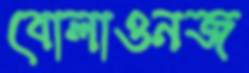
বোলাওনজ